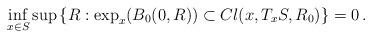
LaTeX: \begin{align*} \inf_{x\in S} \sup\left\{R:\exp_x(B_0(0,R))\subset Cl(x,T_x S,R_0) \right\}=0\,.\end{align*}